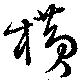
横